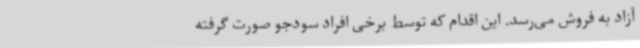
آزاد به فروش می‌رسد. این اقدام که توسط برخی افراد سودجو صورت گرفته